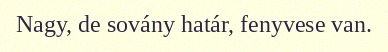
Nagy, de sovány határ, fenyvese van.